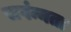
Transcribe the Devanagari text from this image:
सपंन्नता